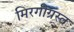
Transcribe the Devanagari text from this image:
मिरगीग्रस्त